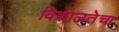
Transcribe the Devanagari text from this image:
विशालतेचा